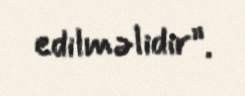
edilməlidir”.